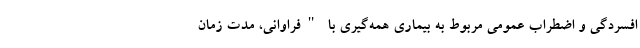
افسردگی و اضطراب عمومی مربوط به بیماری همه‌گیری با "فراوانی، مدت زمان